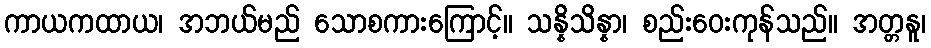
ကာယကထာယ၊ အဘယ်မည် သောစကားကြောင့်။ သန္နိသိန္နာ၊ စည်းဝေးကုန်သည်။ အတ္တနူ၊